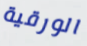
الورقية